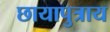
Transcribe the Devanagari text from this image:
छायापुत्राय